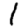
Digit: 1